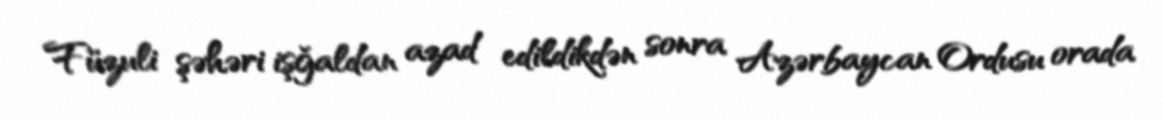
Füzuli şəhəri işğaldan azad edildikdən sonra Azərbaycan Ordusu orada